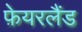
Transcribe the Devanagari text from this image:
फ़ेयरलैंड